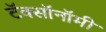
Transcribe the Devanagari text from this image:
टॅक्सॉनॉमी